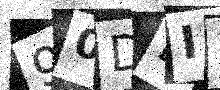
Text: 90DBIX